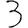
Digit: 3